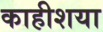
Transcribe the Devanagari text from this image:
काहीशया